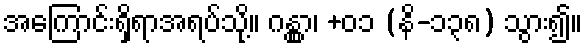
အကြောင်းရှိရာအရပ်သို့။ ဂန္တွာ၊ +၀၁ (နိ-၁၃၈) သွား၍။